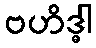
ဗဟိဒ္ဓါ